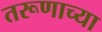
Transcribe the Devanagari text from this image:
तरूणाच्या